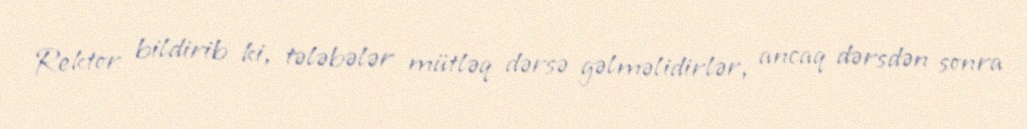
Rektor bildirib ki, tələbələr mütləq dərsə gəlməlidirlər, ancaq dərsdən sonra